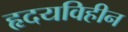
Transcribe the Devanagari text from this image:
हृदयविहीन